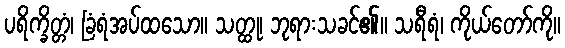
ပရိက္ခိတ္တံ၊ ခြံရံအပ်ထသော။ သတ္ထု၊ ဘုရားသခင်၏။ သရီရံ၊ ကိုယ်တော်ကို။